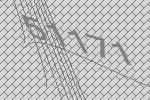
51171